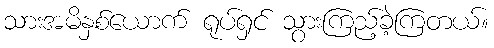
သားအမိနှစ်ယောက် ရုပ်ရှင် သွားကြည့်ခဲ့ကြတယ်။